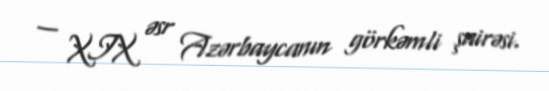
— XIX əsr Azərbaycanın görkəmli şairəsi.